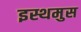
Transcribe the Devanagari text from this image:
इस्थमुस